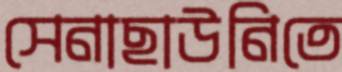
সেনাছাউনিতে